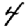
Digit: 4